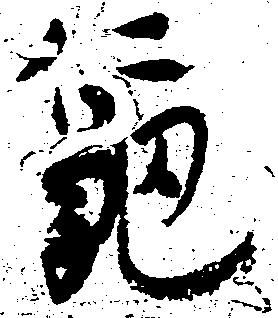
亀